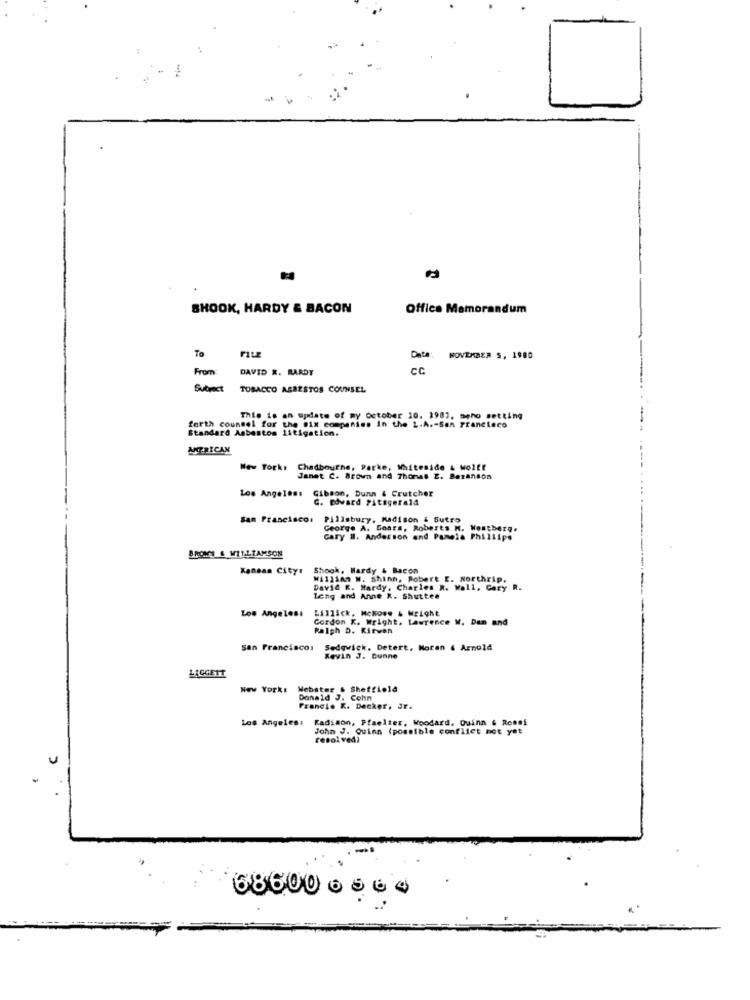
SHOOK, HARDY & BACON
Office Memorandum
To
FILE
Data:
NOVEMBER S, 1980
From:
DAVID X. HARDY
CC
Subject
TOBACCO ABAESTOS COUNSEL
This is an update of my October 10, 1981, meno setting
forth counsel for the Six companies in the L.A .- San Francisco
Standard Asbestos litigation.
AMERICAN
New York:
New Tork: Chadbourne, Parke, Whiteside & Wolff
Janet C. Brown and Thomas Z. Bezanson
Los Angeles: Gibson, Dunn & Crutcher
G. Edward Pitagerald
San Francisco: Pillsbury, Madison & Sutro
George A. Goars, Roberts M. Westberg.
Gary #. Anderson and Pamela Phillips
BROMS & WILLIAMSON
Kansas City: Shook, Hardy & Bacon
Kansas City:
Willian W. Shinn, Robert E. Northrip.
David E. Hardy, Charles R. Wall, Gary R.
Leng and Anne K. Shuttee
Los Angeles:
Lillick, Mekose & wright
Cordon K. Wright, Lawrence W. Dan and
Ralph D. Kirven
san Francisco,
Sedgwick. Detert, Moran & Arnold
Kevin J. Dunne
LIGGETT
New York!
New York: Webster & Sheffield
Donald J. Cohn
Francie R. Decker, Jr.
Los Angeles:
Radison, Pfaelter, Woodard. Quinn & Rossi
John J. Quinn (possible conflict not yet
resol ved)
686000000